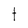
Character: t